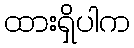
ထားရှိပါက